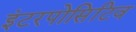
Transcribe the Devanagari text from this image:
इंटरपोसिटिव